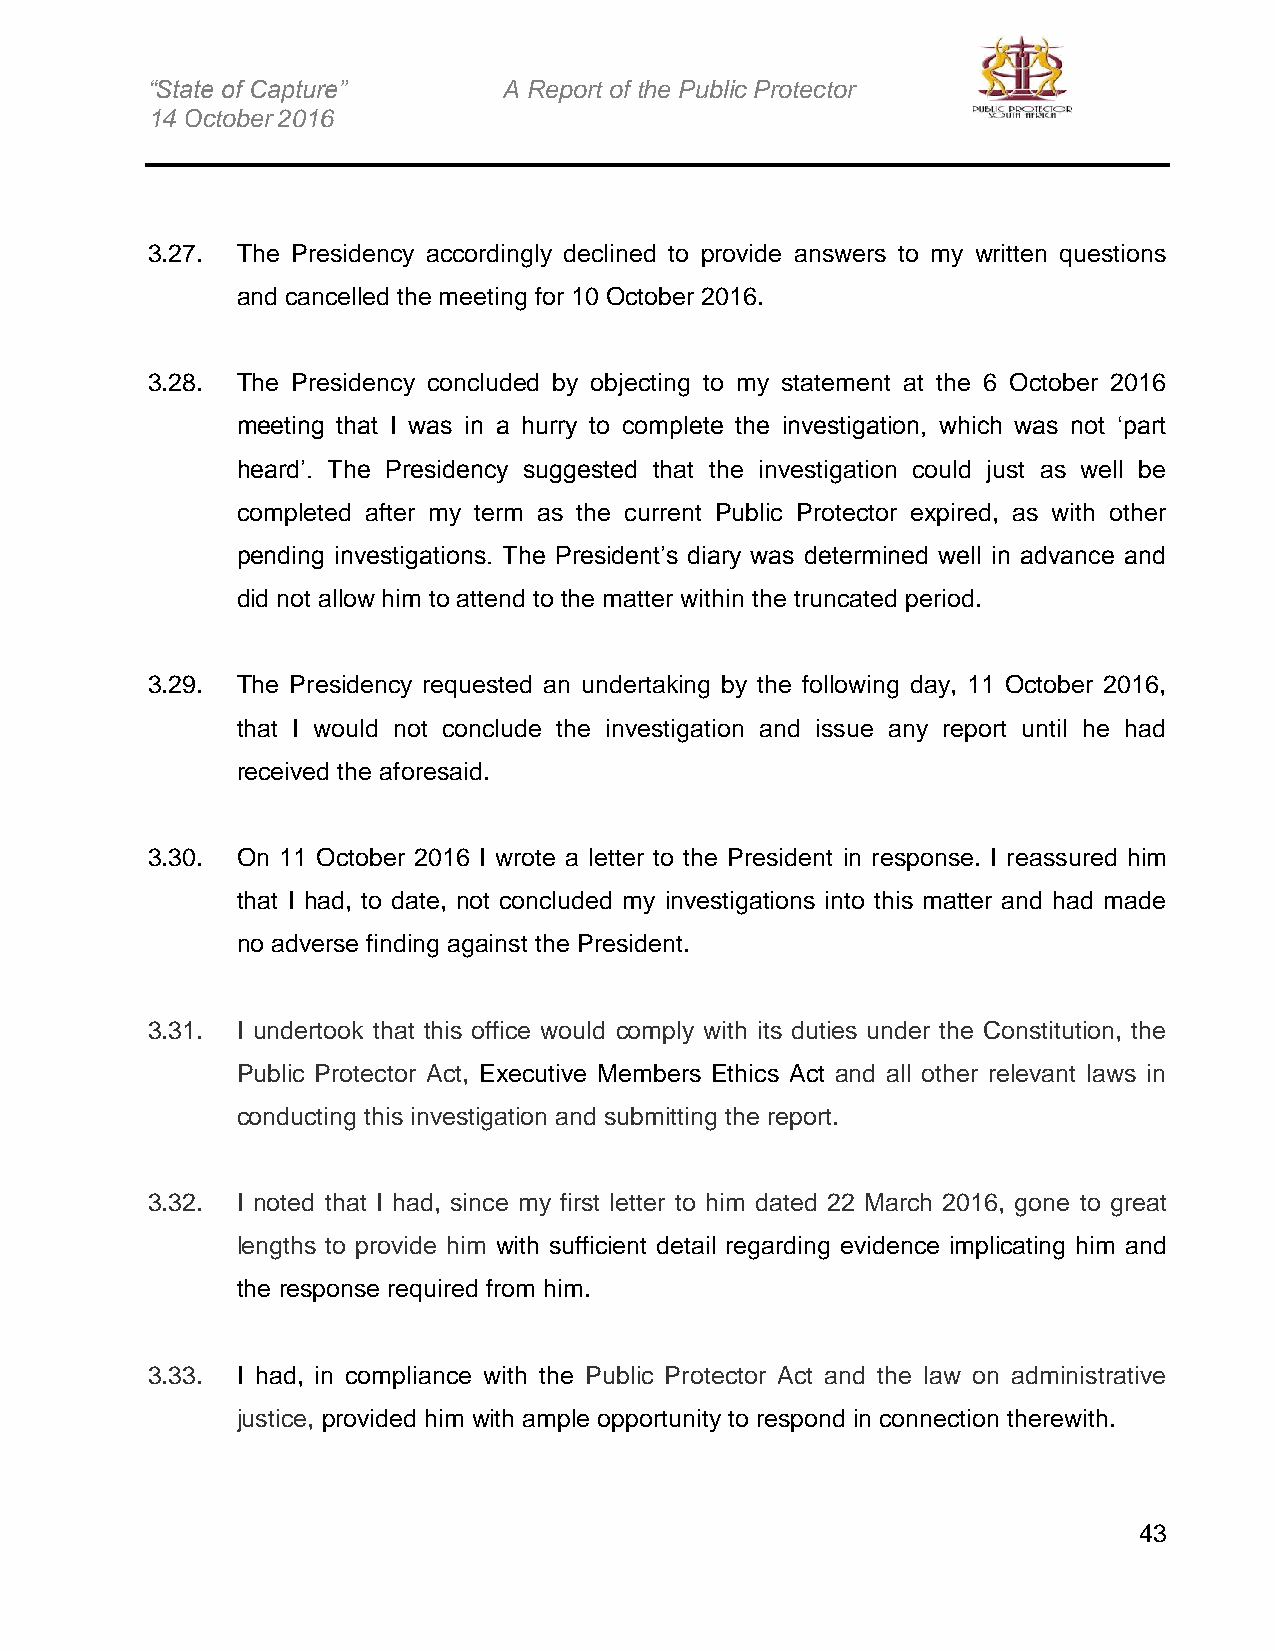
“State of Capture”     A Report of the Public Protector
 14 October 2016
 3.27. The Presidency accordingly declined to provide answers to my written questions
 and cancelled the meeting for 10 October 2016.
 3.28. The Presidency concluded by objecting to my statement at the 6 October 2016
 meeting that I was in a hurry to complete the investigation, which was not ‘part
 heard’. The Presidency suggested that the investigation could just as well be
 completed after my term as the current Public Protector expired, as with other
 pending investigations. The President’s diary was determined well in advance and
 did not allow him to attend to the matter within the truncated period.
 3.29. The Presidency requested an undertaking by the following day, 11 October 2016,
 that I would not conclude the investigation and issue any report until he had
 received the aforesaid.
 3.30. On 11 October 2016 I wrote a letter to the President in response. I reassured him
 that I had, to date, not concluded my investigations into this matter and had made
 no adverse finding against the President.
 3.31. I undertook that this office would comply with its duties under the Constitution, the
 Public Protector Act, Executive Members Ethics Act and all other relevant laws in
 conducting this investigation and submitting the report.
 3.32. I noted that I had, since my first letter to him dated 22 March 2016, gone to great
 lengths to provide him with sufficient detail regarding evidence implicating him and
 the response required from him.
 3.33. I had, in compliance with the Public Protector Act and the law on administrative
 justice, provided him with ample opportunity to respond in connection therewith.
 43